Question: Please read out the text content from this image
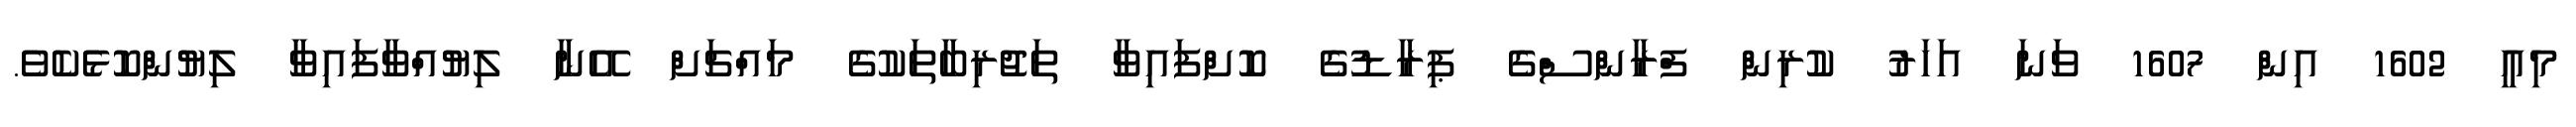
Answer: މިއީ 1602 އިން 1607 ވަނަ އަހަރު ކުރިން ފްރާންސްގެ ޕިރާޑުގެ ކޮށްފައިވާ ތަޖުރިބާތަކުގެ މައްޗަށް އޭނާ ލިޔުއްވާފައިވާ ލިޔުންކޮޅެކެވެ.